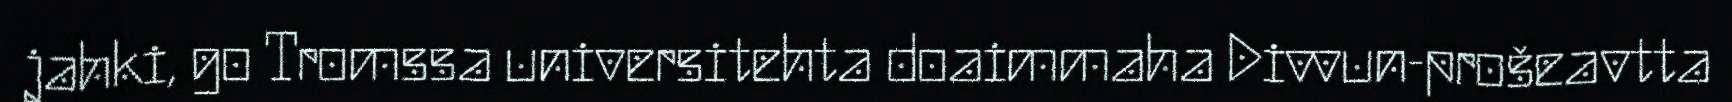
jahki, go Tromssa universitehta doaimmaha Divvun-prošeavtta